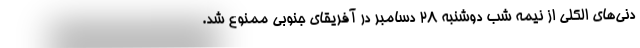
دنی‌های الکلی از نیمه شب دوشنبه ۲۸ دسامبر در آفریقای جنوبی ممنوع شد.